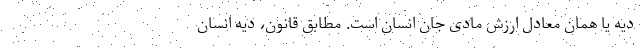
ديه يا همان معادل ارزش مادی جان انسان است. مطابق قانون، ديه انسان